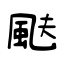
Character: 颫